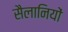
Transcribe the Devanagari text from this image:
सैलानियों